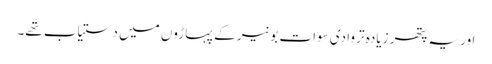
اور یہ پتھر زیادہ تر وادی سوات بونیر کے پہاڑوں میں دستیاب تھے۔